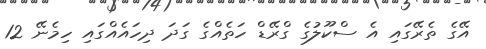
އޭގެ ތެރޭގައި އެ ސްކޫލުގެ ގްރޭޑް ހަތެއްގެ ގަދަ ދިހައެއްގައި ހިމެނޭ 12